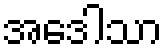
အဒေါသာ